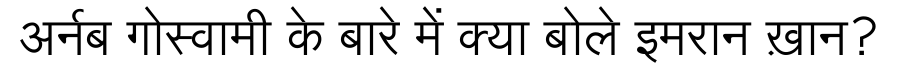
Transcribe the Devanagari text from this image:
अर्नब गोस्वामी के बारे में क्या बोले इमरान ख़ान?